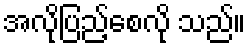
အလိုပြည့်စေလို သည်။